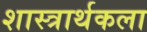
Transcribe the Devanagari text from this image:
शास्त्रार्थकला